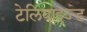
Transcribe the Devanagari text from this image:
टेलिवाइज्ड